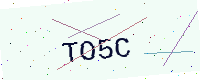
Text: TO5C